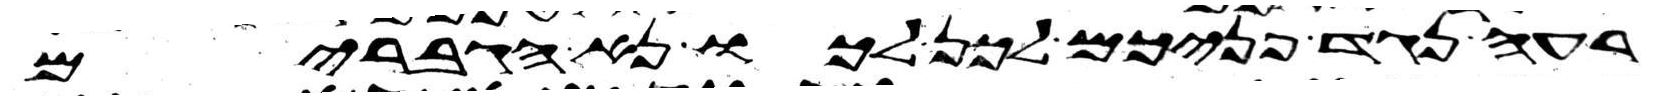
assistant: רעה נגד פניכם לכן לכו נא הגברים